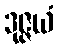
ဒုဇ္ဇယံ